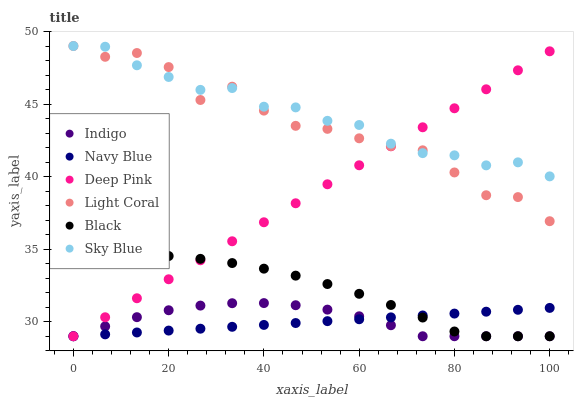
| xaxis_label | Indigo | Navy Blue | Deep Pink | Light Coral | Black | Sky Blue |
 | --- | --- | --- | --- | --- | --- | --- |
 | 0 | 29 | 29 | 29 | 49 | 34.5 | 49 |
 | 6.67 | 29.7 | 29.1 | 30.3 | 48.3 | 34.6 | 49 |
 | 13.3 | 30.3 | 29.3 | 31.6 | 48.5 | 34.6 | 47.7 |
 | 20 | 30.8 | 29.4 | 32.9 | 47.5 | 34.5 | 46.9 |
 | 26.7 | 31.1 | 29.5 | 34.2 | 45.3 | 34.3 | 46 |
 | 33.3 | 31.3 | 29.7 | 35.5 | 46.2 | 34 | 46.1 |
 | 40 | 31.3 | 29.8 | 36.9 | 44.5 | 33.7 | 44.8 |
 | 46.7 | 31.1 | 29.9 | 38.2 | 43.5 | 33.2 | 44.8 |
 | 53.3 | 30.8 | 30 | 39.5 | 43.3 | 32.6 | 43.8 |
 | 60 | 30.4 | 30.2 | 40.8 | 42.6 | 31.9 | 43.6 |
 | 66.7 | 29.8 | 30.3 | 42.1 | 42.1 | 31.2 | 42.3 |
 | 73.3 | 29 | 30.4 | 43.4 | 41.8 | 30.3 | 41.6 |
 | 80 | 29 | 30.6 | 44.7 | 40.3 | 29.3 | 41.5 |
 | 86.7 | 29 | 30.7 | 46 | 38.7 | 29 | 40.8 |
 | 93.3 | 29 | 30.8 | 47.3 | 38.6 | 29 | 41 |
 | 100 | 29 | 31 | 48.6 | 36.9 | 29 | 40 |